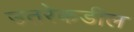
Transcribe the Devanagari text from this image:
उतरेकडील